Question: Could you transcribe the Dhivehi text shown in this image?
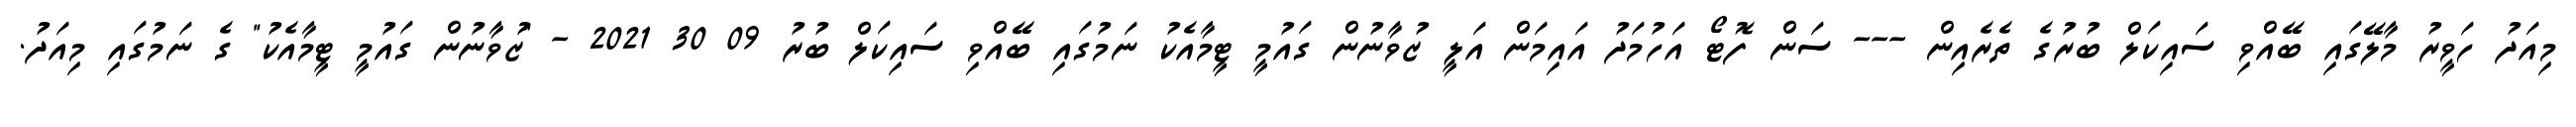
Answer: މިއަދު ހަވީރު މާލޭގައި ބޭއްވި ސައިކަލް ބުރުގެ ތެރެއިން --- ސަން ފޮޓޯ އަހުމަދު އައިމަން އަލީ ޒުވާނުން ގައުމީ ޓީމާއެކު ނަމުގައި ބޭއްވި ސައިކަލް ބުރު 09 30 2021 - "ޒުވާނުން ގައުމީ ޓީމާއެކު" ގެ ނަމުގައި މިއަދު.